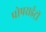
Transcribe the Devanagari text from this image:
प्रोपराईट्री